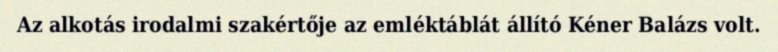
Az alkotás irodalmi szakértője az emléktáblát állító Kéner Balázs volt.